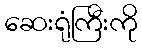
ဆေးရုံကြီးကို